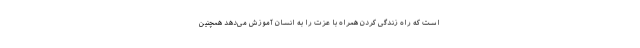
است که راه زندگی کردن همراه با عزت را به انسان آموزش می‌دهد همچنین